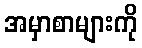
အမှာစာများကို